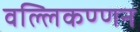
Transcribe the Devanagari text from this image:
वल्लिकण्णन